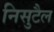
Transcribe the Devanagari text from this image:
निसुटैल